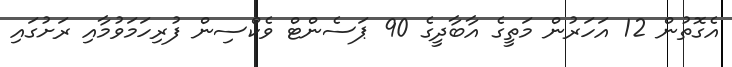
އެގޮތުން 12 އަހަރުން މަތީގެ އާބާދީގެ 90 ޕަސެންޓް ވެކްސިން ފުރިހަމަވުމާއި ރަށުގައި